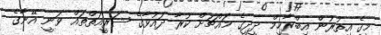
މީގެ އިތުރުން އިބްރާހީމް ދީދީގެ މައްޗަށް ކުރާ ދައުވާގެ ޝަރީއަތްތައް ވަނީ އޭނާގެ